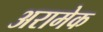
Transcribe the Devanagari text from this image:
अरामेक